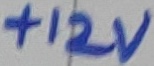
Text: +12V